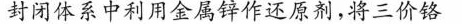
封闭体系中利用金属锌作还原剂，将三价铬